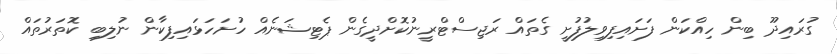
ގުރައިދޫ ބިން ހިއްކަން ފަށައިފިވިލުފުށީ ގެތައް ރަޖިސްޓްރީނުކޮށްދީގެން ޕެޓިޝަނެއް ހުށަހަޅައިފިކާން ނުލިބި ކޮތަރުތައް